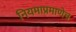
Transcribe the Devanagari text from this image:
नियमाप्रमाणेच